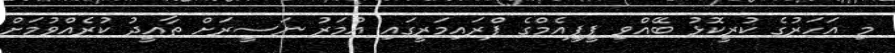
މި އަހަރުގެ ކުރީކޮޅު ބޭއްވި ޕީޕީއެމްގެ ޕްރައިމަރީގައި އުމަރު ނަސީރަށް ތާއީދު ކުރެއްވުމަށް